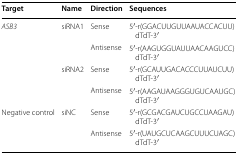
<table><thead><tr><td><b>Target</b></td><td><b>Name</b></td><td><b>Direction</b></td><td><b>Sequences</b></td></tr></thead><tbody><tr><td rowspan="4"><i>ASB3</i></td><td>siRNA1</td><td>Sense</td><td>5′-r(GGACUUGUUAAUACCACUU)dTdT-3′</td></tr><tr><td></td><td>Antisense</td><td>5′-r(AAGUGGUAUUAACAAGUCC)dTdT-3′</td></tr><tr><td>siRNA2</td><td>Sense</td><td>5′-r(GCAUUGACACCCUUAUCUU)dTdT-3′</td></tr><tr><td></td><td>Antisense</td><td>5′-r(AAGAUAAGGGUGUCAAUGC)dTdT-3′</td></tr><tr><td rowspan="2">Negative control</td><td>siNC</td><td>Sense</td><td>5′-r(GCGACGAUCUGCCUAAGAU)dTdT-3′</td></tr><tr><td></td><td>Antisense</td><td>5′-r(UAUGCUCAAGCUUUCUAGC)dTdT-3′</td></tr></tbody></table>